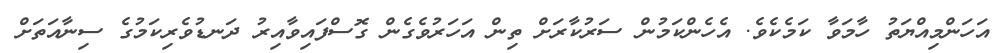
އަަހަންމިއްޔަތު ހާމަވާ ކަމެކެވެ. އެހެންކަމުން ސަރުކާރަށް ތިން އަހަރުވެގެން ގޮސްފައިވާއިރު ދަނޑުވެރިކަމުގެ ސިނާއަތަށް